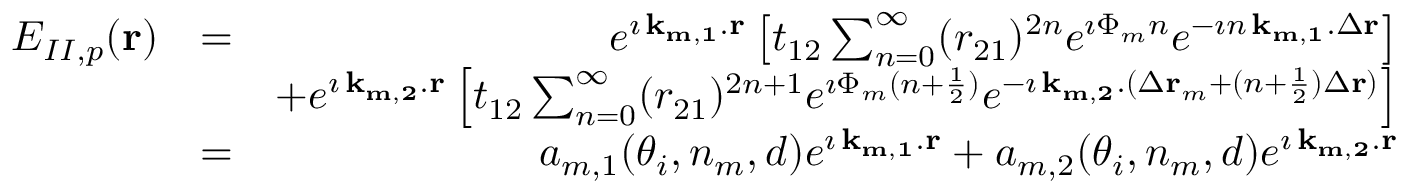
\begin{array} { r l r } { E _ { I I , p } ( { \bf r } ) } & { = } & { e ^ { \imath \, { \bf k _ { m , 1 } } . { \bf r } } \left[ t _ { 1 2 } \sum _ { n = 0 } ^ { \infty } ( r _ { 2 1 } ) ^ { 2 n } e ^ { \imath \Phi _ { m } n } e ^ { - \imath n \, { \bf k _ { m , 1 } } . \Delta { \bf r } } \right] } \\ & { } & { + e ^ { \imath \, { \bf k _ { m , 2 } } . { \bf r } } \left[ t _ { 1 2 } \sum _ { n = 0 } ^ { \infty } ( r _ { 2 1 } ) ^ { 2 n + 1 } e ^ { \imath \Phi _ { m } ( n + \frac { 1 } { 2 } ) } e ^ { - \imath \, { \bf k _ { m , 2 } } . ( \Delta { \bf r } _ { m } + ( n + \frac { 1 } { 2 } ) \Delta { \bf r } ) } \right] } \\ & { = } & { a _ { m , 1 } ( \theta _ { i } , n _ { m } , d ) e ^ { \imath \, { \bf k _ { m , 1 } } . { \bf r } } + a _ { m , 2 } ( \theta _ { i } , n _ { m } , d ) e ^ { \imath \, { \bf k _ { m , 2 } } . { \bf r } } } \end{array}